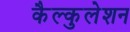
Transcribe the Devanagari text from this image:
कैल्कुलेशन